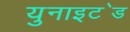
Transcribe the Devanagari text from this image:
युनाइट॓ड